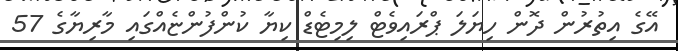
އޭގެ އިތުރުން ދޮން ހިޔަލަ ޕްރައިވެޓް ލިމިޓެޑް ކިޔާ ކުންފުންޏެއްގައި މާރިޔާގެ 57